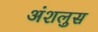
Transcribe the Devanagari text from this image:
अंशलुस